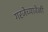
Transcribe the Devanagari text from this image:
गरजेच्यावेळी